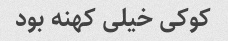
کوکی خیلی کهنه بود